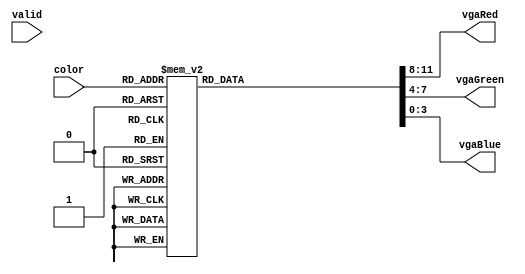
module pixel_gen(
  input [2:0] color,
  input valid,
  output reg [3:0] vgaRed,
  output reg [3:0] vgaGreen,
  output reg [3:0] vgaBlue
);
   
  always @(*) begin
    case(color)
        3'd1 : {vgaRed, vgaGreen, vgaBlue} = 12'h0AE;
        3'd2 : {vgaRed, vgaGreen, vgaBlue} = 12'h00F;
        3'd3 : {vgaRed, vgaGreen, vgaBlue} = 12'hFB0;
        3'd4 : {vgaRed, vgaGreen, vgaBlue} = 12'hFF0;
        3'd5 : {vgaRed, vgaGreen, vgaBlue} = 12'h0F0;
        3'd6 : {vgaRed, vgaGreen, vgaBlue} = 12'h0FF;
        3'd7 : {vgaRed, vgaGreen, vgaBlue} = 12'hF00;
        3'd0 : {vgaRed, vgaGreen, vgaBlue} = 12'hFFF;
    endcase
  end

endmodule